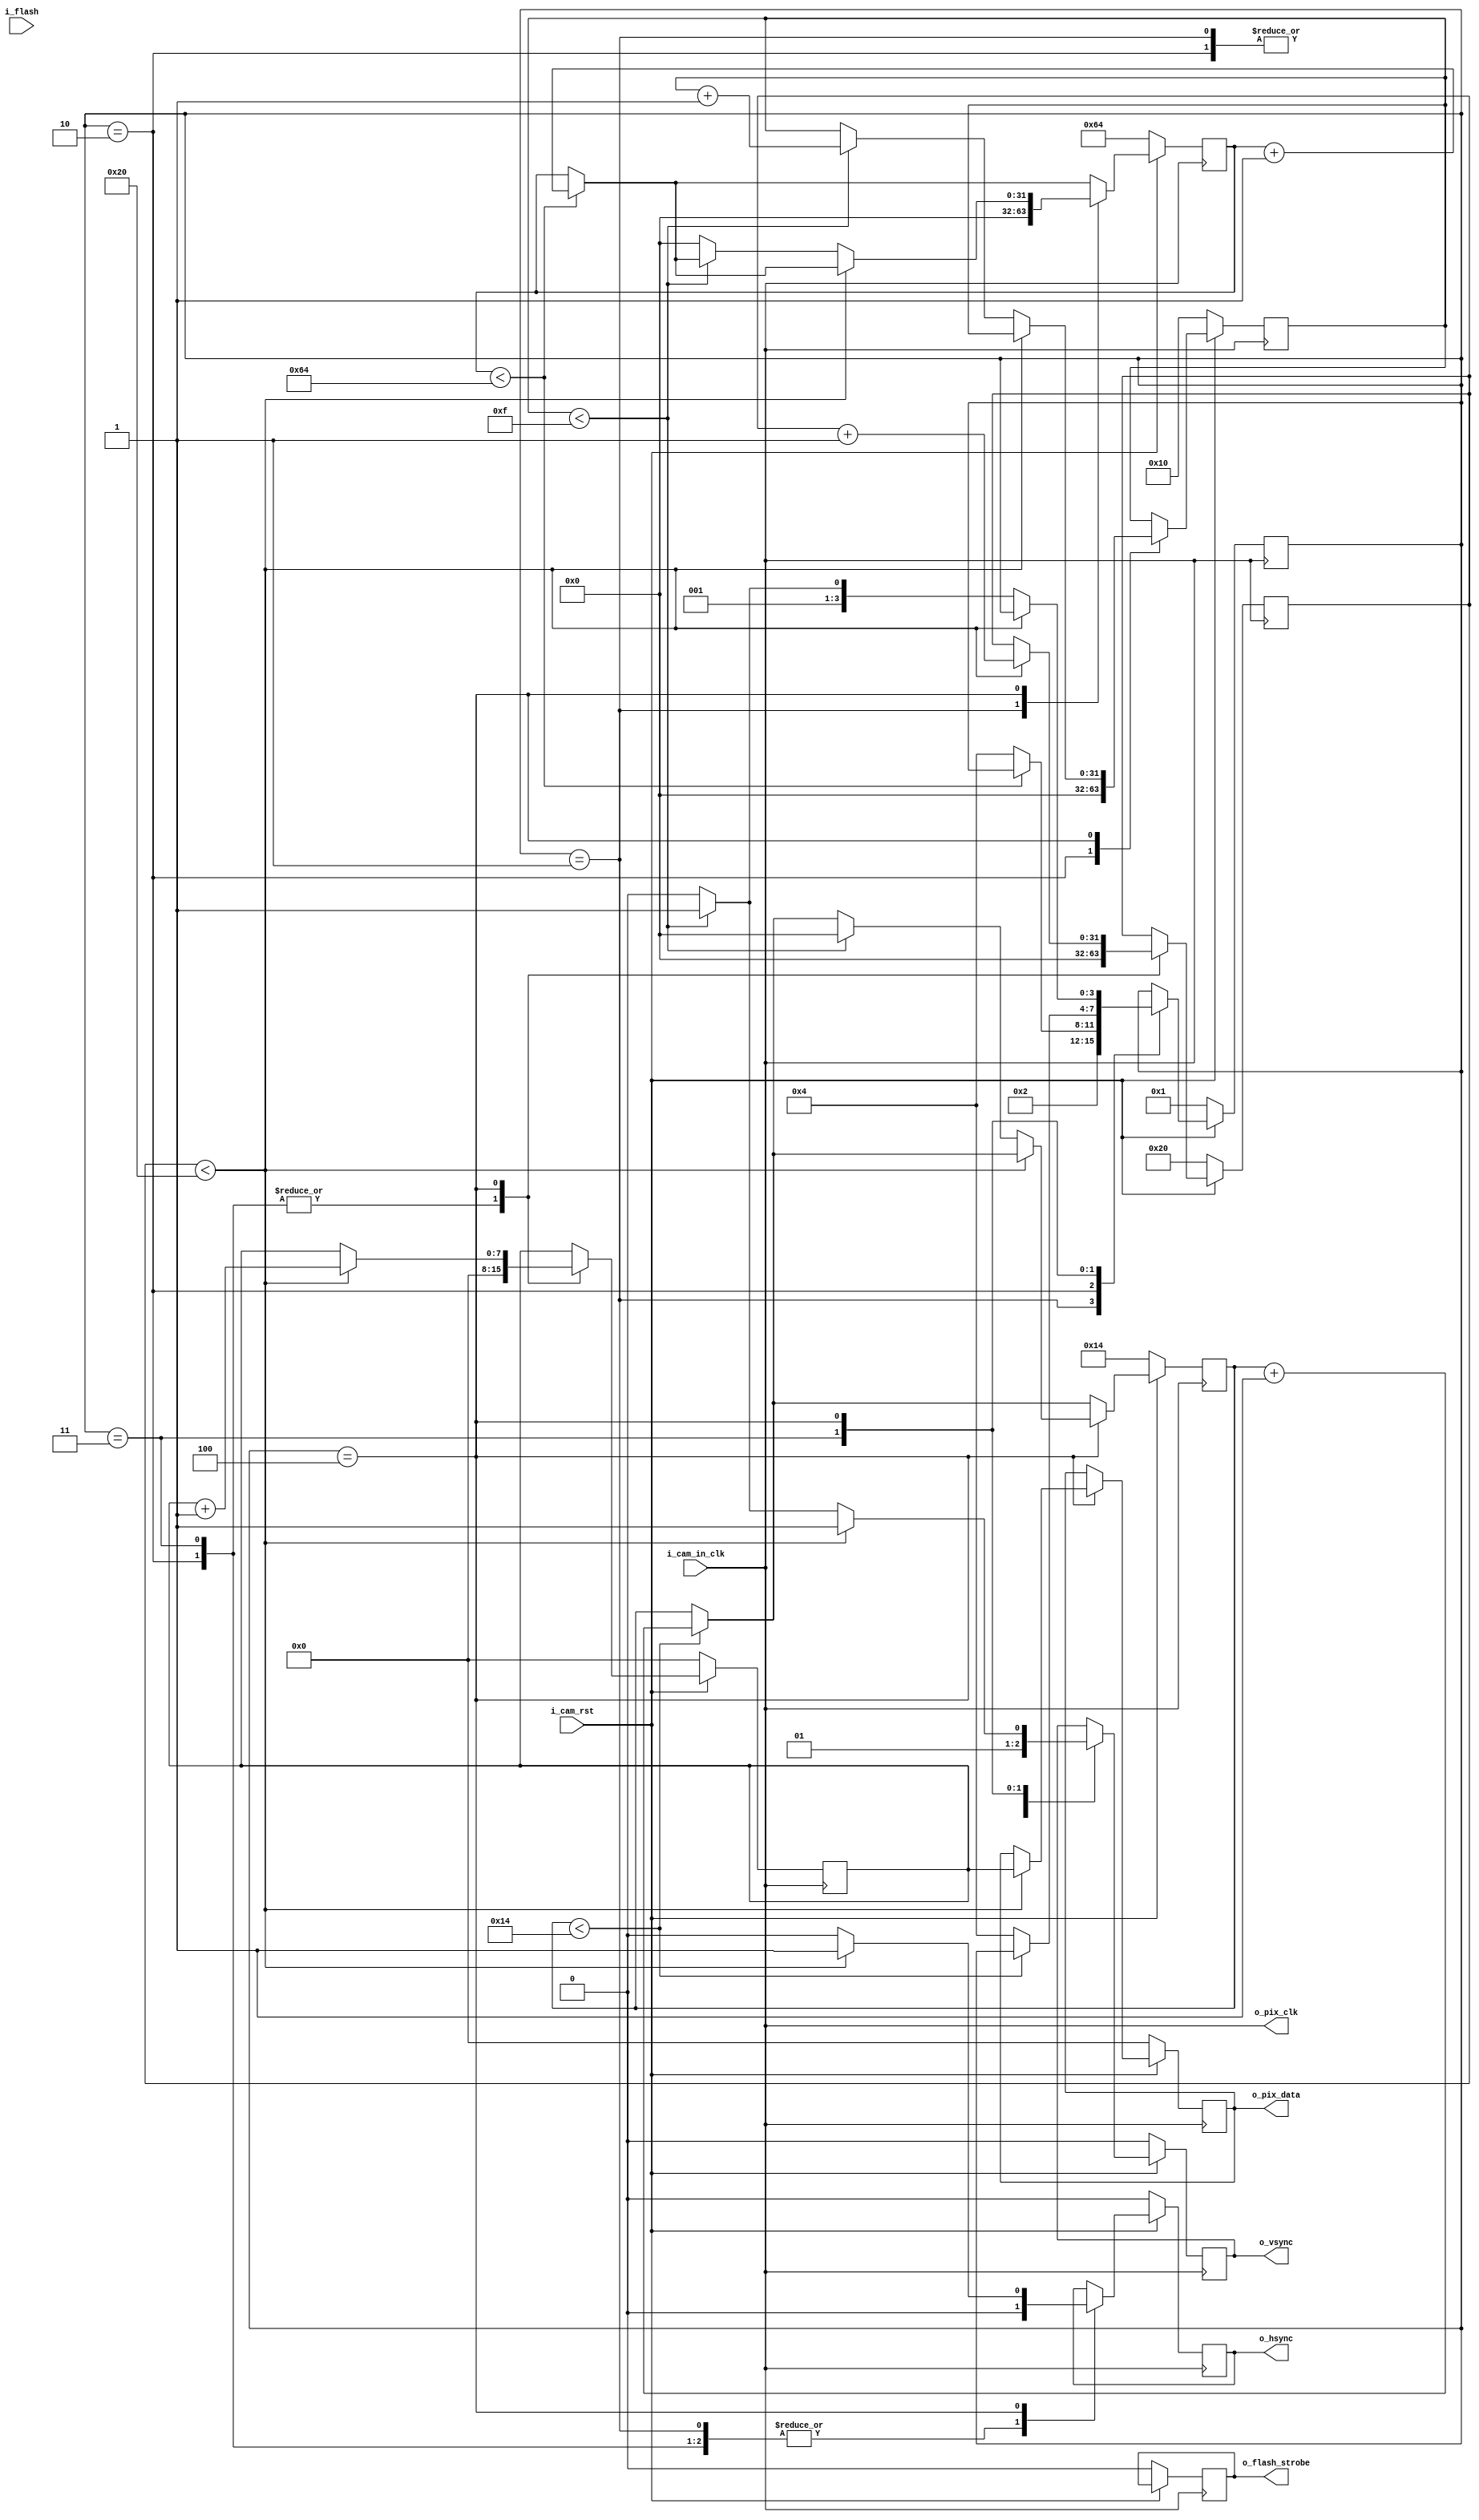
// This program was cloned from: https://github.com/CospanDesign/nysa-verilog
// License: MIT License

module sim_camera (
input               i_cam_in_clk,
input               i_cam_rst,

input               i_flash,

output              o_pix_clk,
output  reg         o_flash_strobe = 0,
output  reg         o_vsync = 0,
output  reg         o_hsync = 0,
output  reg [7:0]   o_pix_data = 0

);

//Local Parameters
localparam          START           = 4'h0;
localparam          INIT            = 4'h1;
localparam          VBLANK          = 4'h2;
localparam          HBLANK          = 4'h3;
localparam          WRITE_ROW       = 4'h4;

localparam          VBLANK_COUNT    = 100;
localparam          HBLANK_COUNT    = 20;

localparam          ROW_COUNT       = 32'h10;
localparam          BYTE_COUNT      = 32'h20;

//Registers/Wires
reg         [31:0]  r_vblank_count  = 0;
reg         [31:0]  r_hblank_count  = 0;

reg         [31:0]  r_byte_count    = 0;
reg         [31:0]  r_row_count     = 0;

reg         [31:0]  r_byte_index    = 0;

reg         [3:0]   state           = START;

wire                w_vblank;
wire                w_hblank;

reg         [7:0]   r_data          = 8'h00;

//Submodules
//Asynchronous Logic
assign  o_pix_clk       = i_cam_in_clk;
assign  w_vblank        = (r_vblank_count < VBLANK_COUNT);
assign  w_hblank        = (r_hblank_count < HBLANK_COUNT);

//Synchronous Logic
always @ (posedge i_cam_in_clk) begin
  if (!i_cam_rst) begin
    o_flash_strobe      <=  0;
    o_vsync             <=  0;
    o_hsync             <=  0;
    o_pix_data          <=  0;

    r_vblank_count      <=  VBLANK_COUNT;
    r_hblank_count      <=  HBLANK_COUNT;

    r_row_count         <=  ROW_COUNT;
    r_byte_count        <=  BYTE_COUNT;

    state               <=  INIT;

    r_data              <=  0;

  end
  else begin
    if (r_vblank_count < VBLANK_COUNT) begin
      r_vblank_count    <=  r_vblank_count + 1;
    end
    if (r_hblank_count < HBLANK_COUNT) begin
      r_hblank_count    <=  r_hblank_count + 1;
    end

    case (state)
      START: begin
      end
      INIT: begin
        o_vsync         <=  0;
        o_hsync         <=  0;

        r_vblank_count  <=  0;
        state           <= VBLANK;
      end
      VBLANK: begin
        o_vsync         <=  0;
        o_hsync         <=  0;
        r_data          <=  0;
        r_byte_count    <=  0;
        r_row_count     <=  0;
        if (!w_vblank) begin
          state         <=  WRITE_ROW;
        end
      end
      HBLANK: begin
        o_vsync         <=  1;
        o_hsync         <=  0;

        r_data          <=  0;
        r_byte_count    <=  0;
        if (!w_hblank) begin
          state         <=  WRITE_ROW;
        end
      end
      WRITE_ROW: begin
        o_vsync         <=  1;
        o_hsync         <=  1;

        if (r_byte_count < BYTE_COUNT) begin
          //Send a byte
          o_pix_data    <=  r_data;
          r_data        <=  r_data + 1;
          r_byte_count  <=  r_byte_count + 1;
        end
        else begin
          //Still more rows to write
          if (r_row_count < ROW_COUNT - 1) begin
            r_hblank_count  <=  0;
            o_hsync         <=  0;
            state           <=  HBLANK;
            r_row_count     <=  r_row_count + 1;
          end
          else begin
            r_vblank_count  <=  0;
            o_vsync         <=  0;
            o_hsync         <=  0;
            state           <=  VBLANK;
          end
        end
      end
    endcase
  end
end

endmodule